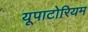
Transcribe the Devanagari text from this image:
यूपाटोरियम